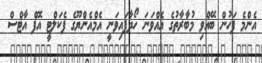
އެންމެ ފަހުން ބޭއްވި މުބާރާތުގެ އެއްވަނަ ހޯދާފައިވަނީ އެމްއެންޔޫގެ ފެކަލްޓީ އޮފް އާޓްސް